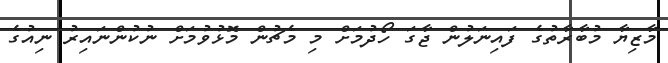
މާޒިޔާ މުބާރާތުގެ ފައިނަލުން ޖާގަ ހޯދުމަށް މި މެޗުން މޮޅުވުމަށް ނުކުންނައިރު ނިއުގެ